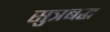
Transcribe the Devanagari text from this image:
सुत्रबद्ध